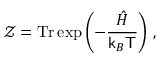
{ \mathcal Z } = \mathrm { T r } \exp \left( - \frac { \hat { H } } { { \sf k } _ { B } { \sf T } } \right) \, ,